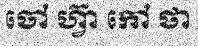
ចៅ ហ្វ៊ា កៅ ថា